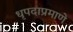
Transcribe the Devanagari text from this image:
धृपदाप्रमाणे